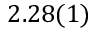
2 . 2 8 ( 1 )